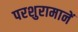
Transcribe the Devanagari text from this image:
परशुरामानें